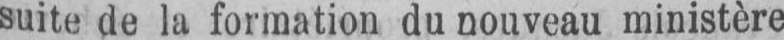
suite de la formation du nouveau ministère